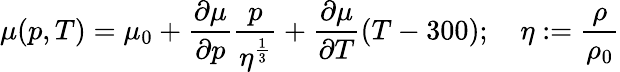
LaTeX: \mu(p,T)=\mu_{0}+{\frac{\partial\mu}{\partial p}}{\frac{p}{\eta^{\frac{1}{3}}}}+{\frac{\partial\mu}{\partial T}}(T-300);\quad\eta:={\frac{\rho}{\rho_{0}}}